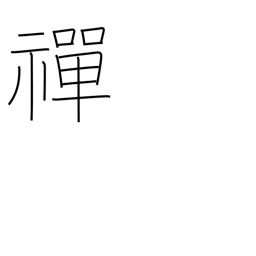
Meaning: Zen Buddhism